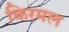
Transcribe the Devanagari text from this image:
किरमल